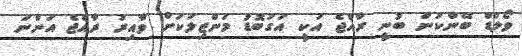
ވޯލްޑް ބޭންކުން ބުނީ ރާއްޖެ އަކީ އަގުބޮޑު މަންޒިލަކަށް ވާއިރު ރާއްޖެ އަންނަ